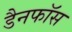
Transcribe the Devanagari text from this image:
डैनफॉस